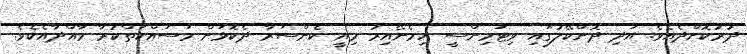
ދުރުކޮށްދެއެވެ. އަދި ދޮންކޭލުގައި ވިޓަމިންސީ ހިމެނޭއިރު މިއީ ކެންސަރާ ދެކޮޅަށް މަސައްކަތްކުރާ މާއްދާއެކެވެ.